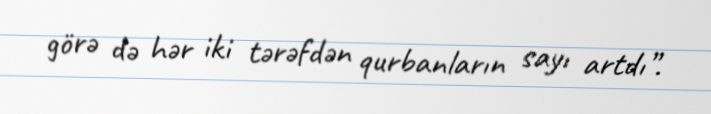
görə də hər iki tərəfdən qurbanların sayı artdı”.